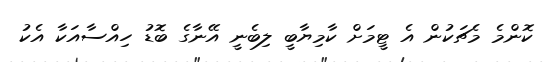
ކޮންމެ މެޗަކުން އެ ޓީމަށް ކާމިޔާބީ ލިބެނީ އޭނާގެ ބޮޑު ހިއްސާއަކާ އެކު